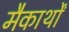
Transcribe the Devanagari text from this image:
मैकार्थों